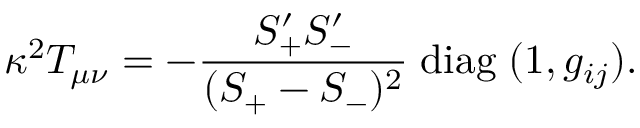
\kappa ^ { 2 } T _ { \mu \nu } = - \frac { S _ { + } ^ { \prime } S _ { - } ^ { \prime } } { ( S _ { + } - S _ { - } ) ^ { 2 } } \; \mathrm { d i a g } \; ( 1 , g _ { i j } ) .